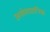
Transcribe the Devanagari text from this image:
असंवधानिक